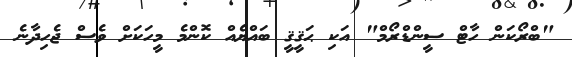
"ބްރޯކަން ހާޓް ސީންޑްރޯމް" އަކި ޙަޤީޤީ ބައްޔެއް ކޮންމެ މީހަކަށް ވެސް ޖެހިދާނެ